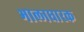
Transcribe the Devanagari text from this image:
भालाधारक